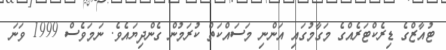
ޓުއާޒްގެ ޑިރެކްޓަރެއްގެ މަގާމުގައި އަންނި މަސައްކަތް ކުރަމުން ގެންދިޔައެވެ. ނަމަވެސް 1999 ވަނަ